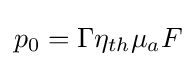
p_{0}=\Gamma \eta _{th}\mu _{a}F